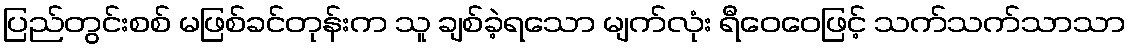
ပြည်တွင်းစစ် မဖြစ်ခင်တုန်းက သူ ချစ်ခဲ့ရသော မျက်လုံး ရီဝေဝေဖြင့် သက်သက်သာသာ